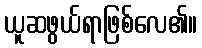
ယူဆဖွယ်ရာဖြစ်လေ၏။